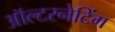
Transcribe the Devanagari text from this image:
ऑल्टरनेटिंग